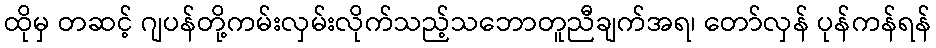
ထိုမှ တဆင့် ဂျပန်တို့ကမ်းလှမ်းလိုက်သည့်သဘောတူညီချက်အရ၊ တော်လှန် ပုန်ကန်ရန်